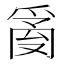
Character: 𤔔